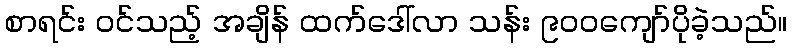
စာရင်း ဝင်သည့် အချိန် ထက်ဒေါ်လာ သန်း ၉၀၀ကျော်ပိုခဲ့သည်။